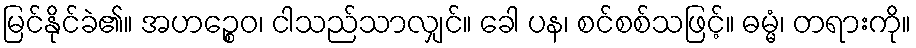
မြင်နိုင်ခဲ၏။ အဟဉ္စေဝ၊ ငါသည်သာလျှင်။ ခေါ ပန၊ စင်စစ်သဖြင့်။ ဓမ္မံ၊ တရားကို။